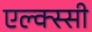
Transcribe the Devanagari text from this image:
एल्क्स्सी